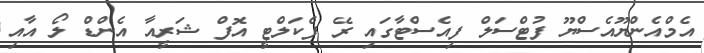
އެމްއެންޔޫއެސްޔޫ ފުޓްސަލް ފިއެސްޓާގައި ރޭ ފެކަލްޓީ އޮފް ޝަރީއާ އެންޑް ލޯ އާއި